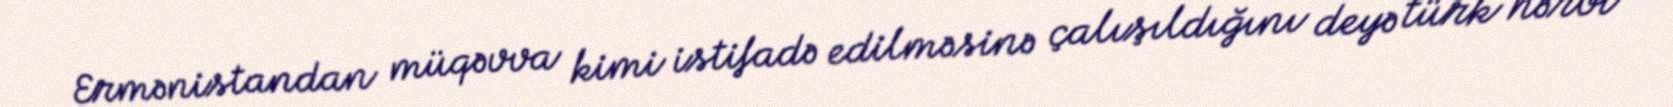
Ermənistandan müqəvva kimi istifadə edilməsinə çalışıldığını deyə türk hərbi